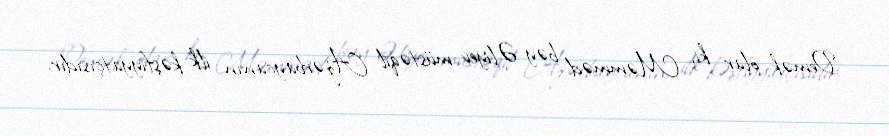
Demək olar ki, Məmməd bəy Əliyev müstəqil Azərbaycanın ilk kəşfiyyatçısıdır.